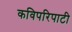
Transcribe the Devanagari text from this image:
कविपरिपाटी